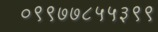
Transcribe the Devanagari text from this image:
०९९७७८५५३९९